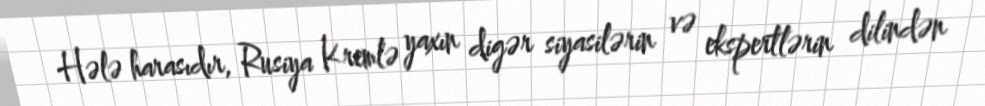
Hələ harasıdır, Rusiya Kremlə yaxın digər siyasilərin və ekspertlərin dilindən